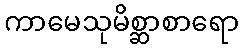
ကာမေသုမိစ္ဆာစာရော